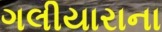
ગલીયારાના